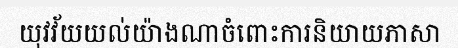
យុវវ័យយល់យ៉ាងណាចំពោះការនិយាយភាសា